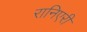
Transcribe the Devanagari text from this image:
रानिएरी